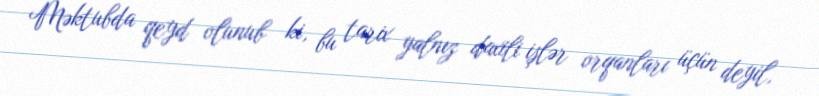
Məktubda qeyd olunub ki, bu tarix yalnız daxili işlər orqanları üçün deyil,